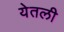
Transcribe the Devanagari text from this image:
येतली